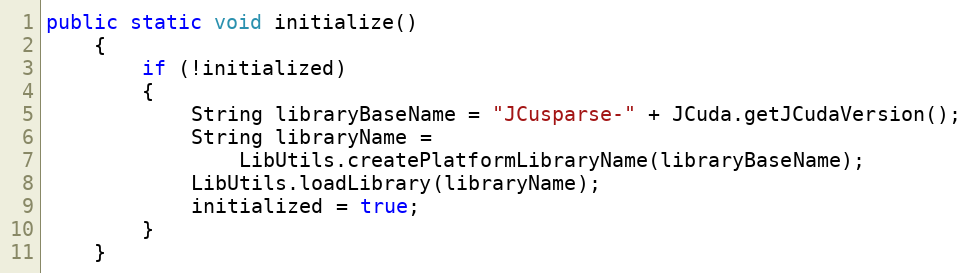
Language: Java
public static void initialize()
    {
        if (!initialized)
        {
            String libraryBaseName = "JCusparse-" + JCuda.getJCudaVersion();
            String libraryName =
                LibUtils.createPlatformLibraryName(libraryBaseName);
            LibUtils.loadLibrary(libraryName);
            initialized = true;
        }
    }